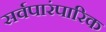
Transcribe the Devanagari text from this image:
सर्वपारंपारिक